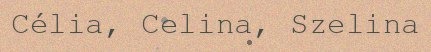
Célia, Celina, Szelina